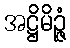
အဋ္ဌိမိဉ္ဇံ